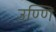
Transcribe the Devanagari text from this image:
उण्णि